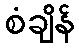
စံချိန်